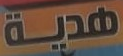
هدية